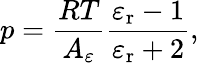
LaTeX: p=\frac{RT}{A_{\varepsilon}}\frac{\varepsilon_{\mathrm{r}}-1}{\varepsilon_{\mathrm{r}}+2},